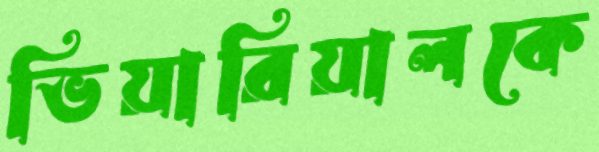
ভিয়ারিয়ালকে